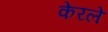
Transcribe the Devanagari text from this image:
केरले